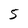
Character: 5